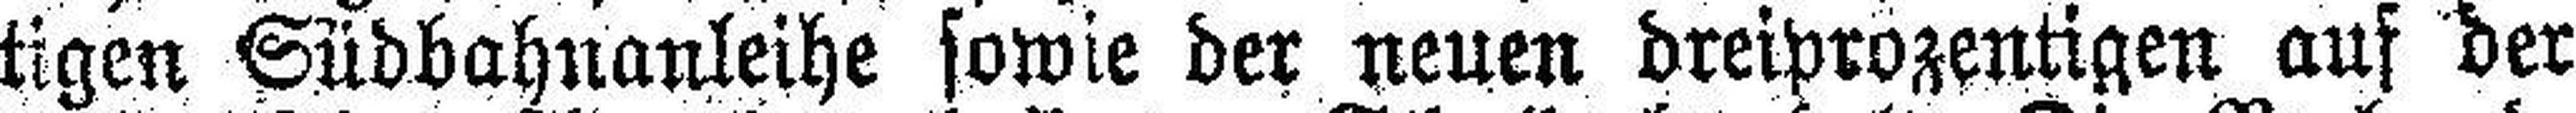
tigen Südbahnanleihe sowie der neuen dreiprozentigen auf der